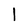
Character: l